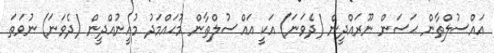
އައްސުލްޠާން ޙަސަން ނޫރައްދީން (ދެވަނަ) އަކީ އައްސުލްޠާން މުޙައްމަދު މުޢީނުއްދީން (ދެވަނަ) ނުވަތަ